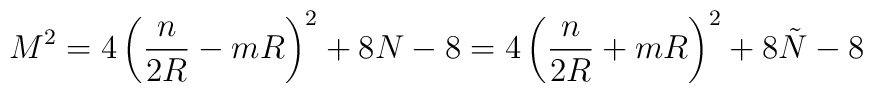
M^2 = 4\left( \frac{n}{2R} - mR\right) ^2 + 8N -8 = 4\left(  \frac{n}{2R} + mR\right)^2 + 8\tilde{N} -8